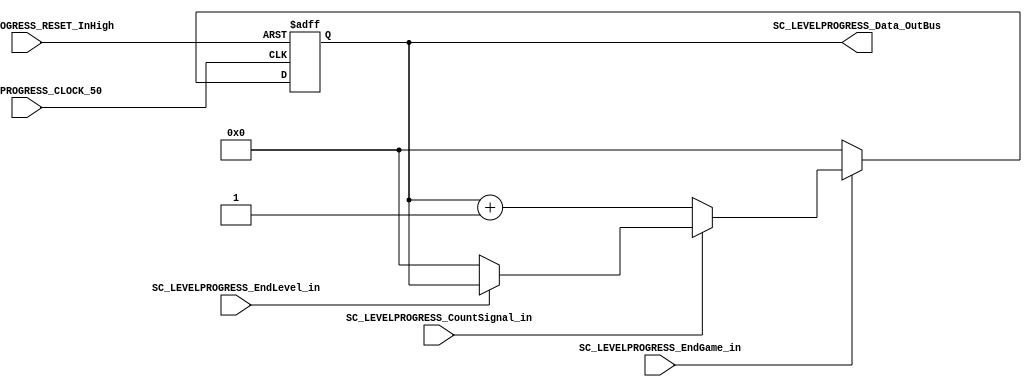
/*######################################################################
//#	G0B1T: HDL EXAMPLES. 2018.
//######################################################################
//# 
//# This program is free software: you can redistribute it and/or modify
//# it under the terms of the GNU General Public License as published by
//# the Free Software Foundation, version 3 of the License.
//#
//# This program is distributed in the hope that it will be useful,
//# but WITHOUT ANY WARRANTY; without even the implied warranty of
//# MERCHANTABILITY or FITNESS FOR A PARTICULAR PURPOSE.  See the
//# GNU General Public License for more details.
//#
//# You should have received a copy of the GNU General Public License
//# along with this program.  If not, see <http://www.gnu.org/licenses/>
//####################################################################*/
//=======================================================
//  MODULE Definition
//=======================================================

module SC_LEVELPROGRESS (
//////////// OUTPUTS //////////
	SC_LEVELPROGRESS_Data_OutBus,
	
//////////// INPUTS //////////
	SC_LEVELPROGRESS_CountSignal_in,
	SC_LEVELPROGRESS_EndLevel_in,
	SC_LEVELPROGRESS_EndGame_in,
	SC_LEVELPROGRESS_CLOCK_50,
	SC_LEVELPROGRESS_RESET_InHigh
);

//=======================================================
//  PORT declarations
//=======================================================

output		[4:0] SC_LEVELPROGRESS_Data_OutBus;

input 		SC_LEVELPROGRESS_CountSignal_in;
input			SC_LEVELPROGRESS_EndGame_in;
input			SC_LEVELPROGRESS_CLOCK_50;
input 		SC_LEVELPROGRESS_RESET_InHigh;
input 		SC_LEVELPROGRESS_EndLevel_in;

//=======================================================
//  REG/WIRE declarations
//=======================================================


reg [4:0] LEVELPROGRESSCOUNTER_Register;
reg [4:0] LEVELPROGRESSCOUNTER_Signal;


//=======================================================
//  Structural coding
//=======================================================
//INPUT LOGIC: COMBINATIONAL

always @(*)
begin
    if (SC_LEVELPROGRESS_EndGame_in == 1'b1) begin
        
         if (SC_LEVELPROGRESS_CountSignal_in == 1'b0)
                LEVELPROGRESSCOUNTER_Signal = LEVELPROGRESSCOUNTER_Register + 1'b1;
			else if (SC_LEVELPROGRESS_EndLevel_in == 1'b0 )
					 LEVELPROGRESSCOUNTER_Signal = 5'b0;
         else
                LEVELPROGRESSCOUNTER_Signal = LEVELPROGRESSCOUNTER_Register;
        
    end
    else
        LEVELPROGRESSCOUNTER_Signal = 5'b0;
end


//STATE REGISTER: SEQUENTIAL
always @(posedge SC_LEVELPROGRESS_CLOCK_50, posedge SC_LEVELPROGRESS_RESET_InHigh)
begin
	if (SC_LEVELPROGRESS_RESET_InHigh  == 1'b1)
		LEVELPROGRESSCOUNTER_Register <= 0;
	else
		LEVELPROGRESSCOUNTER_Register <= LEVELPROGRESSCOUNTER_Signal;
end

//=======================================================
//  Outputs
//=======================================================
//OUTPUT LOGIC: COMBINATIONAL
assign SC_LEVELPROGRESS_Data_OutBus = LEVELPROGRESSCOUNTER_Register;

endmodule